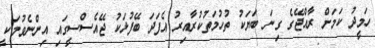
ހަމީދު ކަމަށް ރާއްޖޭގެ ގިނަ ބަޔަކު ތުހުމަތުކުރާއިރު އެފަދަ ބޭފުޅަކު ޖޭއެސްސީގައި އިންނެވުމަކީ